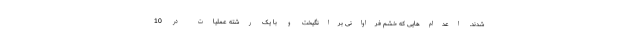
شدند. اعدام‌هایی که خشم فراوانی برانگیخت و با یک رشته عملیات در 10